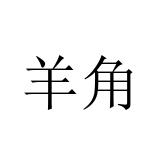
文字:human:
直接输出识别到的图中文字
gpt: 羊角